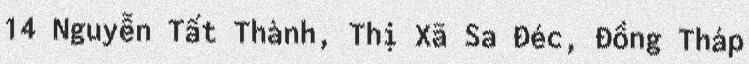
14 Nguyễn Tất Thành, Thị Xã Sa Đéc, Đồng Tháp